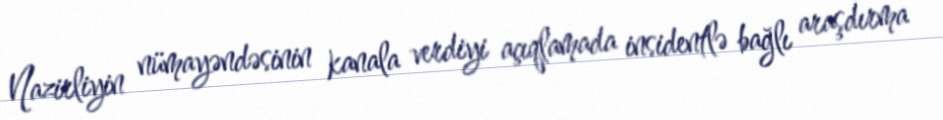
Nazirliyin nümayəndəsinin kanala verdiyi açıqlamada insidentlə bağlı araşdırma